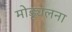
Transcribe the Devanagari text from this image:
मोड्यूलना